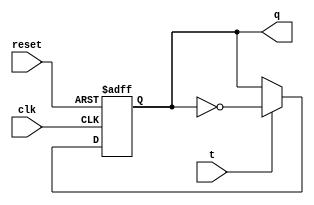
module t_flip_flop (
    input wire clk,
    input wire reset,
    input wire t,
    output reg q
);

always @ (posedge clk or negedge reset) begin
    if (!reset)
        q <= 1'b0;
    else if (t)
        q <= q ^ 1'b1;
end

endmodule